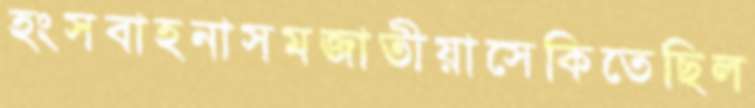
হংসবাহনাসমজাতীয়াসেকিতেছিল